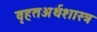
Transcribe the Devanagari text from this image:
वृहतअर्थशास्त्र